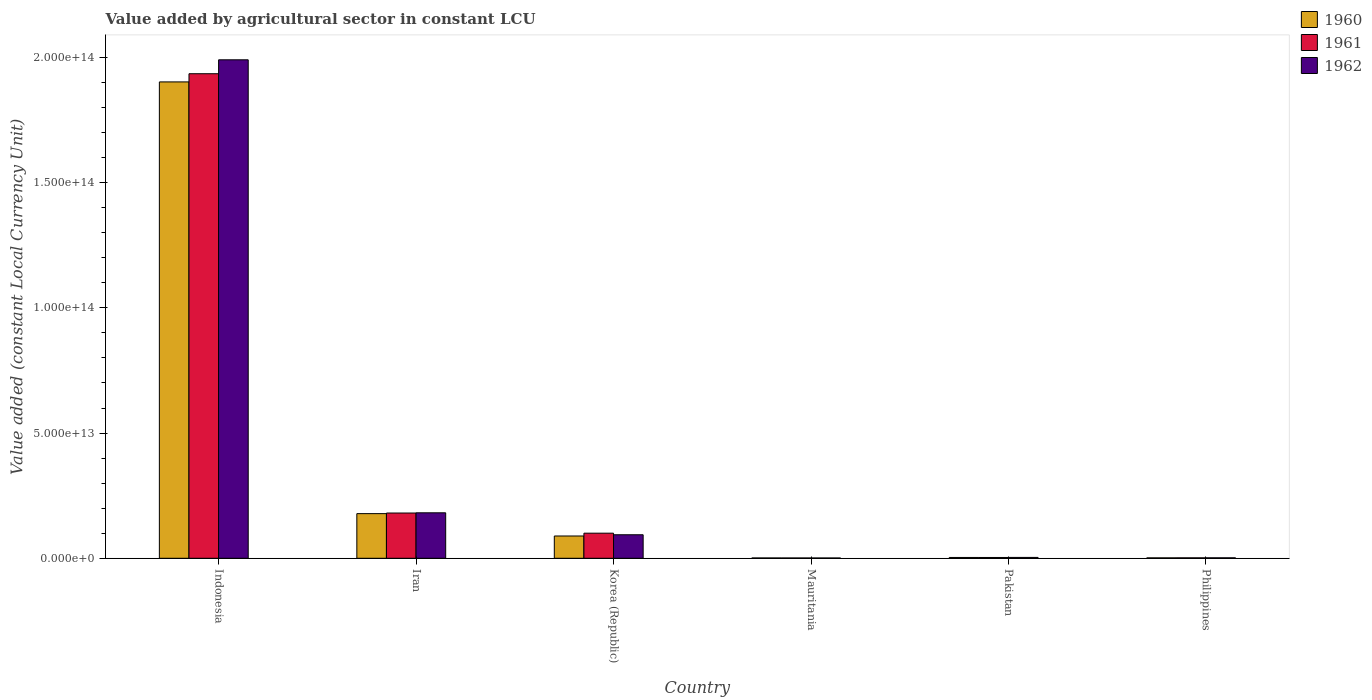
| Country | 1960 | 1961 | 1962 |
 | --- | --- | --- | --- |
 | Indonesia | 1.9e+14 | 1.94e+14 | 1.99e+14 |
 | Iran | 1.78e+13 | 1.81e+13 | 1.82e+13 |
 | Korea (Republic) | 8.9e+12 | 1e+13 | 9.39e+12 |
 | Mauritania | 1.27e+11 | 1.23e+11 | 1.2e+11 |
 | Pakistan | 3.2e+11 | 3.19e+11 | 3.39e+11 |
 | Philippines | 1.62e+11 | 1.73e+11 | 1.81e+11 |